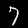
Digit: 7